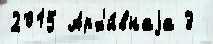
2015 Арх'и́внаjа 3